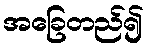
အခြေတည်၍